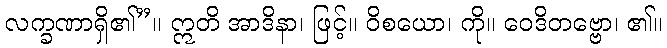
လက္ခဏာရှိ၏”။ ဣတိ အာဒိနာ၊ ဖြင့်။ ဝိစယော၊ ကို။ ဝေဒိတဗ္ဗော၊ ၏။